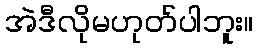
အဲဒီလိုမဟုတ်ပါဘူး။